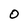
Character: 0